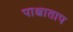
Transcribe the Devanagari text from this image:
पाश्चाताप